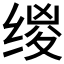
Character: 𰬯